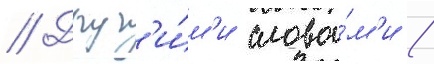
// Друг'и́м'и слова́м'и /